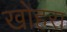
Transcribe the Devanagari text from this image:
खोहरा